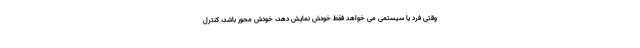
وقتی فرد یا سیستمی می خواهد فقط خودش نمایش دهد، خودش محور باشد، کنترل